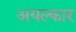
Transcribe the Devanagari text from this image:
अयल्कार